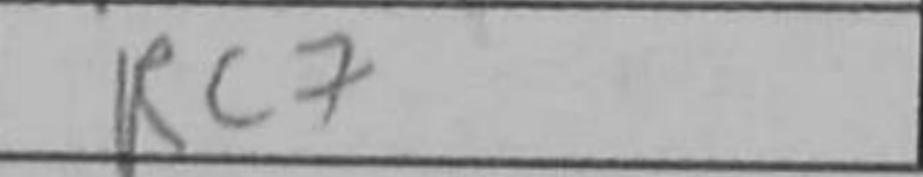
Transcription: Rc7